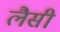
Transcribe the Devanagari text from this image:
लैसी